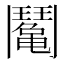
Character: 䰗